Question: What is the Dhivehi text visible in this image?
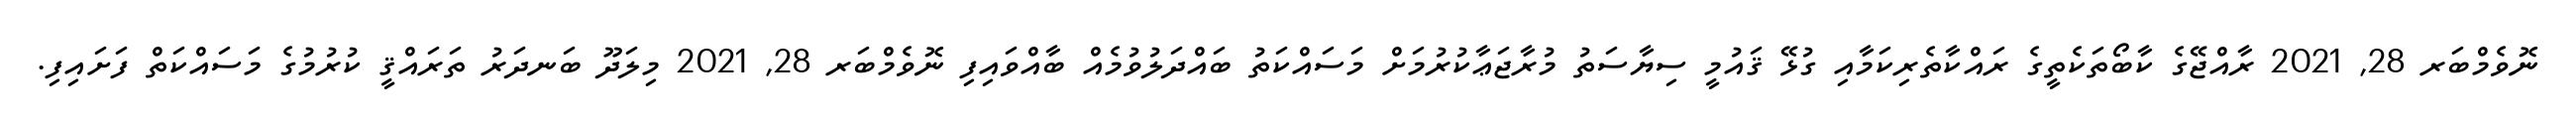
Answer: ނޮވެމްބަރ 28, 2021 ރާއްޖޭގެ ކާބޯތަކެތީގެ ރައްކާތެރިކަމާއި ގުޅޭ ޤައުމީ ސިޔާސަތު މުރާޖަޢާކުރުމަށް މަސައްކަތު ބައްދަލުވުމެއް ބާއްވައިފި ނޮވެމްބަރ 28, 2021 މިލަދޫ ބަނދަރު ތަރައްޤީ ކުރުމުގެ މަސައްކަތް ފަށައިފި.